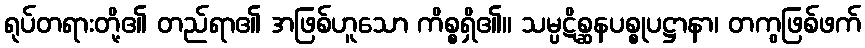
ရုပ်တရားတို့၏ တည်ရာ၏ အဖြစ်ဟူသော ကိစ္စရှိ၏။ သမ္ပဋိစ္ဆနပစ္စုပဋ္ဌာနာ၊ တကွဖြစ်ဖက်